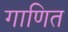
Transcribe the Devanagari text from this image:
गाणित